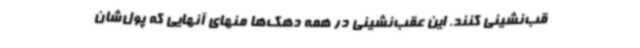
قب‌نشینی کنند. این عقب‌نشینی در همه دهک‌ها منهای آنهایی که پول‌شان